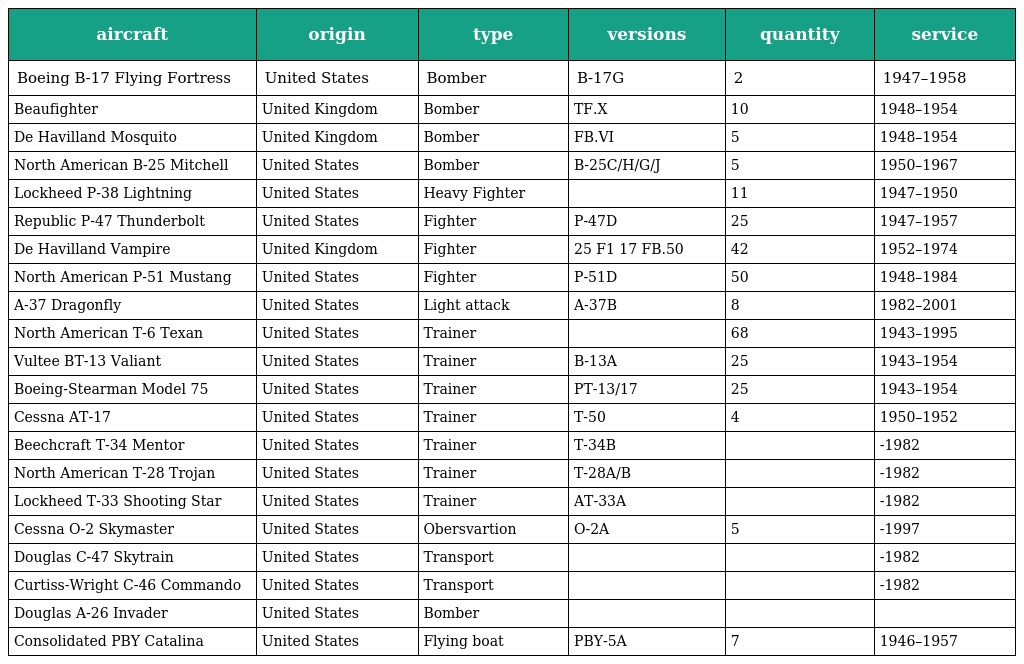
| aircraft | origin | type | versions | quantity | service |
 | --- | --- | --- | --- | --- | --- |
 | Boeing B-17 Flying Fortress | United States | Bomber | B-17G | 2 | 1947–1958 |
 | Beaufighter | United Kingdom | Bomber | TF.X | 10 | 1948–1954 |
 | De Havilland Mosquito | United Kingdom | Bomber | FB.VI | 5 | 1948–1954 |
 | North American B-25 Mitchell | United States | Bomber | B-25C/H/G/J | 5 | 1950–1967 |
 | Lockheed P-38 Lightning | United States | Heavy Fighter |  | 11 | 1947–1950 |
 | Republic P-47 Thunderbolt | United States | Fighter | P-47D | 25 | 1947–1957 |
 | De Havilland Vampire | United Kingdom | Fighter | 25 F1 17 FB.50 | 42 | 1952–1974 |
 | North American P-51 Mustang | United States | Fighter | P-51D | 50 | 1948–1984 |
 | A-37 Dragonfly | United States | Light attack | A-37B | 8 | 1982–2001 |
 | North American T-6 Texan | United States | Trainer |  | 68 | 1943–1995 |
 | Vultee BT-13 Valiant | United States | Trainer | B-13A | 25 | 1943–1954 |
 | Boeing-Stearman Model 75 | United States | Trainer | PT-13/17 | 25 | 1943–1954 |
 | Cessna AT-17 | United States | Trainer | T-50 | 4 | 1950–1952 |
 | Beechcraft T-34 Mentor | United States | Trainer | T-34B |  | -1982 |
 | North American T-28 Trojan | United States | Trainer | T-28A/B |  | -1982 |
 | Lockheed T-33 Shooting Star | United States | Trainer | AT-33A |  | -1982 |
 | Cessna O-2 Skymaster | United States | Obersvartion | O-2A | 5 | -1997 |
 | Douglas C-47 Skytrain | United States | Transport |  |  | -1982 |
 | Curtiss-Wright C-46 Commando | United States | Transport |  |  | -1982 |
 | Douglas A-26 Invader | United States | Bomber |  |  |  |
 | Consolidated PBY Catalina | United States | Flying boat | PBY-5A | 7 | 1946–1957 |